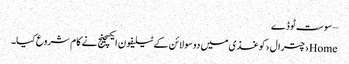
– سوست ٹوڈے
Home›چترال›کوغذی میں دو سو لائن کے ٹیلیفون ایکسچینج نے کا م شروع کیا۔